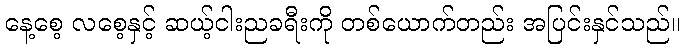
နေ့စေ့ လစေ့နှင့် ဆယ့်ငါးညခရီးကို တစ်ယောက်တည်း အပြင်းနှင်သည်။